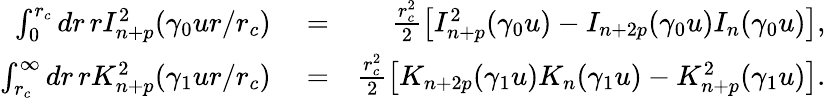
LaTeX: \begin{array}{rlr}{\int_{0}^{r_{c}}dr\, rI_{n+p}^{2}(\gamma_{0}ur/r_{c})}&{{}=}&{\frac{r_{c}^{2}}{2}\left[I_{n+p}^{2}(\gamma_{0}u)-I_{n+2p}(\gamma_{0}u)I_{n}(\gamma_{0}u)\right],}\\ {\int_{r_{c}}^{\infty}dr\, rK_{n+p}^{2}(\gamma_{1}ur/r_{c})}&{{}=}&{\frac{r_{c}^{2}}{2}\left[K_{n+2p}(\gamma_{1}u)K_{n}(\gamma_{1}u)-K_{n+p}^{2}(\gamma_{1}u)\right].}\end{array}